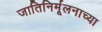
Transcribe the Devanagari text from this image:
जातिनिर्मूलनाच्या